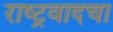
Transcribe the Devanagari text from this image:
राष्ट्रवादचा